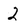
Character: 2